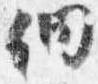
徊